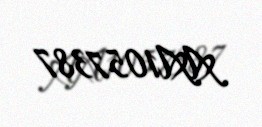
AA1057387